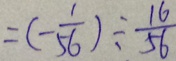
= ( - \frac { 1 } { 5 6 } ) \div \frac { 1 6 } { 5 6 }